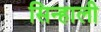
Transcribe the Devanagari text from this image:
सिन्हाली